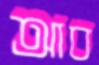
আব